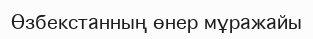
Өзбекстанның өнер мұражайы